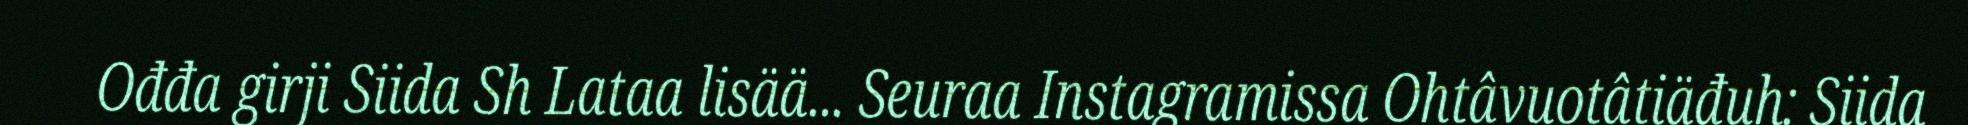
Ođđa girji Siida Sh Lataa lisää... Seuraa Instagramissa Ohtâvuotâtiäđuh: Siida